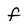
Character: F